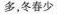
多，冬春少